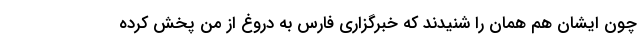
چون ایشان هم همان را شنیدند که خبرگزاری فارس به دروغ از من پخش کرده